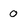
Character: 0